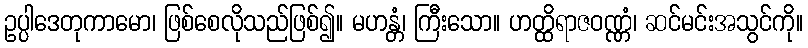
ဥပ္ပါဒေတုကာမော၊ ဖြစ်စေလိုသည်ဖြစ်၍။ မဟန္တံ၊ ကြီးသော။ ဟတ္ထိရာဇဝဏ္ဏံ၊ ဆင်မင်းအသွင်ကို။